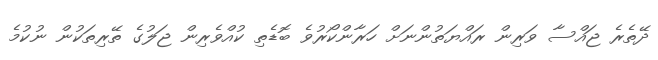
ދޭތެރެ ޖައްސާ ވަރިން ރައްޔަތުންނަށް ހަރާންކޯރުވެ ބޮޑެތި ކުއްވެރިން ޖަލުގެ ތޭރިތަކުން ނުކުމެ